Notes on vaccination in the North-West Frontier Province 1923-1928 - 1923-1928
Year: 1923
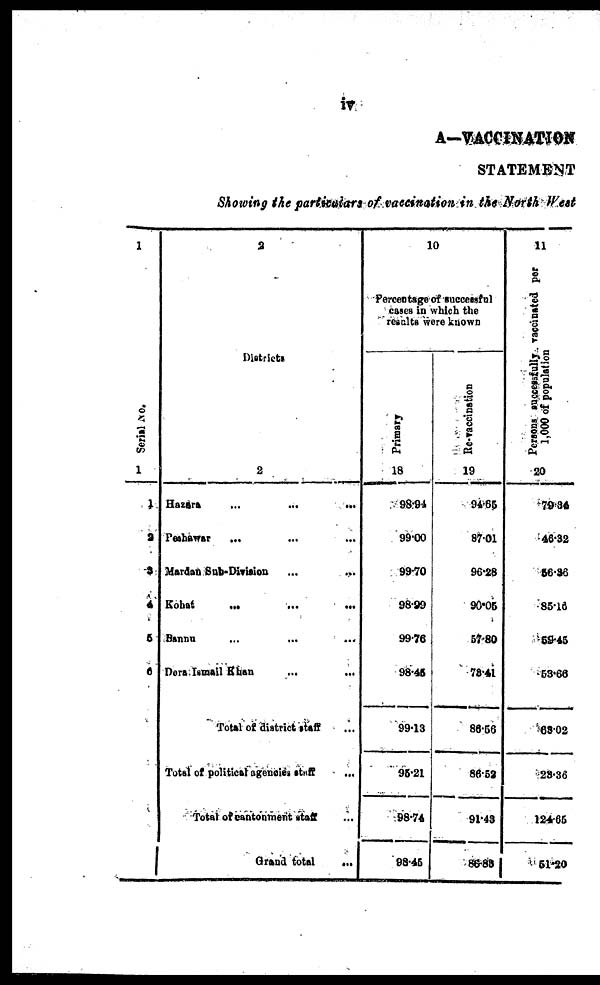
iv
A—VACCINATION
STATEMENT
Showing the particulars of vaccination in the North Wes
1
Serial No.
1
1
2
3
4
5
6
2
Districts
2
Hazara ... ... ...
Peshawar
... ... ...
Mardan Sub-Division
Kohat
... ... ...
Bannu
...
...
...
Dera Ismail Khan ... ...
Total of district staff ...
Total of political agencies staff ...
Total of cantonment staff ...
Grand total
...
10
Percentage of successful
cases in which the
results were known
Primary
18
98.94
99.00
99.70
98.99
99.76
98.45
99.13
95.21
98.74
98.45
Re-vaccination
19
94.65
87.01
96.28
90.05
57.80
78.41
86.56
86.52
91.43
86.83
11
Persons successfully, vaccinated per
1,000 of population
20
79.34
46.32
56.36
85.16
59.45
53.66
68.02
28.36
124.65
51.20